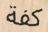
كفة